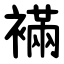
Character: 襔